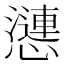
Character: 𢣣